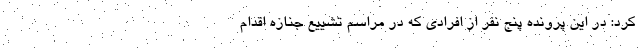
کرد: در این پرونده پنج نفر از افرادی که در مراسم تشییع جنازه اقدام